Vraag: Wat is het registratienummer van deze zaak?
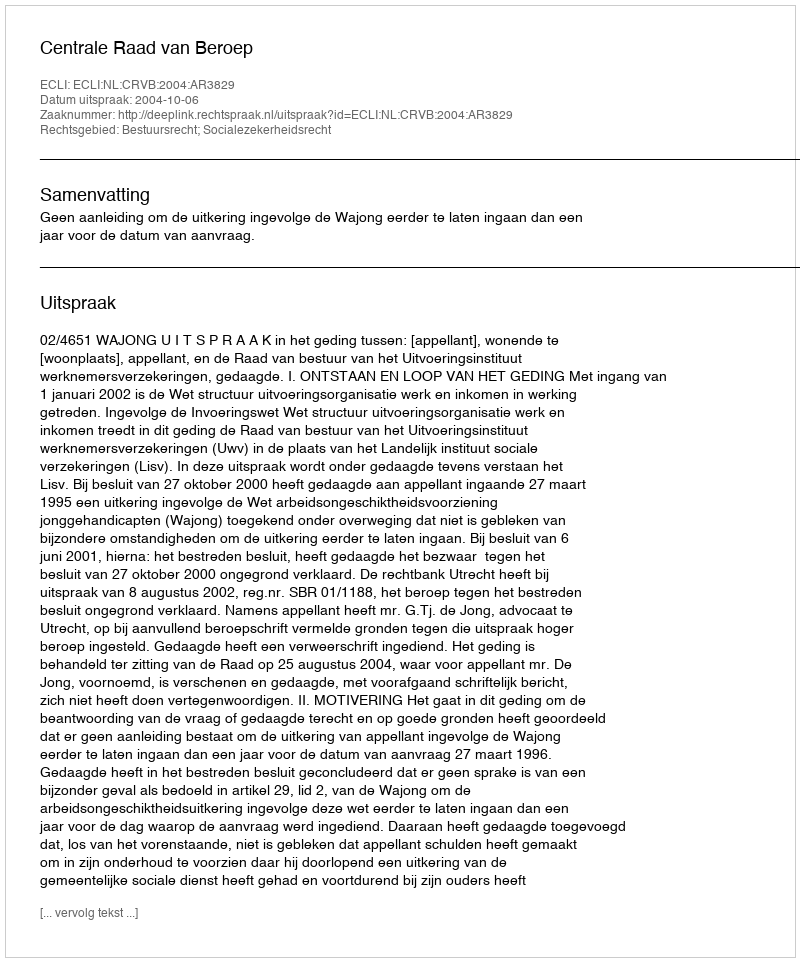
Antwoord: http://deeplink.rechtspraak.nl/uitspraak?id=ECLI:NL:CRVB:2004:AR3829